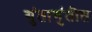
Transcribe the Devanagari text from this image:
गुंतागुंतीत